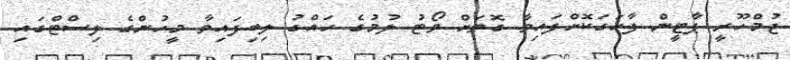
ޖުމްހޫރީ ޕާޓީން ފާހަގަކޮށްފައިވާ ގޮތަށް ވޯޓު ލުމުގެ ހައްގު ލިބިފައިވާ މީހުންގެ ލިސްޓްގައި